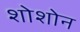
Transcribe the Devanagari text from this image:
शोशोन